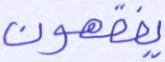
يفقهون